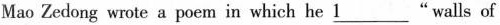
Mao Zedong wrote a poem in which he \underline{1}"walls of